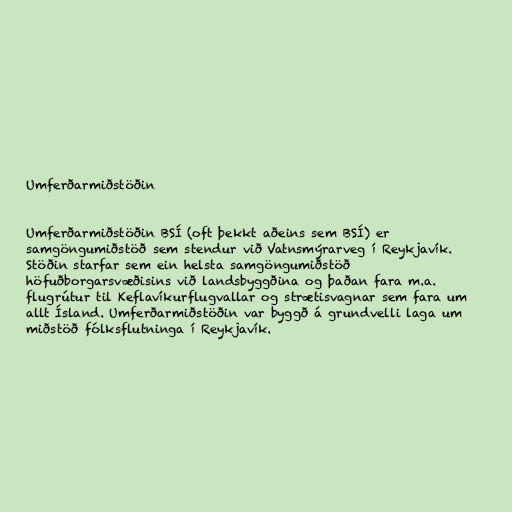
Umferðarmiðstöðin

Umferðarmiðstöðin BSÍ (oft þekkt aðeins sem BSÍ) er
samgöngumiðstöð sem stendur við Vatnsmýrarveg í Reykjavík.
Stöðin starfar sem ein helsta samgöngumiðstöð
höfuðborgarsvæðisins við landsbyggðina og þaðan fara m.a.
flugrútur til Keflavíkurflugvallar og strætisvagnar sem fara um
allt Ísland. Umferðarmiðstöðin var byggð á grundvelli laga um
miðstöð fólksflutninga í Reykjavík.